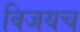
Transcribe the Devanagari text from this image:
विजयच